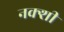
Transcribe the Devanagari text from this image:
नक्शी